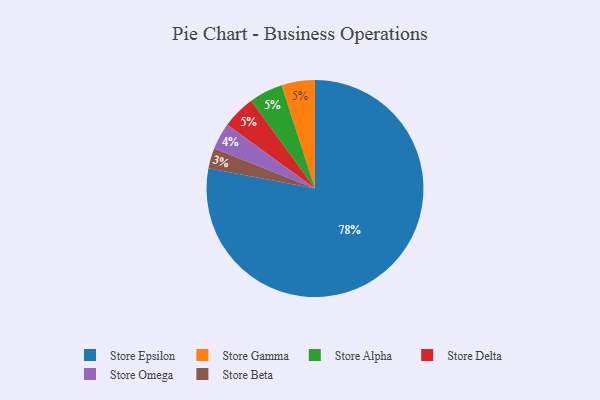
{"axis": {"x": "Category", "y": "Percentage"}, "legend": ["Store Alpha", "Store Beta", "Store Delta", "Store Epsilon", "Store Gamma", "Store Omega"], "data": [{"x": "Store Gamma", "y": 5, "type": "Store Gamma"}, {"x": "Store Beta", "y": 3, "type": "Store Beta"}, {"x": "Store Alpha", "y": 5, "type": "Store Alpha"}, {"x": "Store Epsilon", "y": 78, "type": "Store Epsilon"}, {"x": "Store Delta", "y": 5, "type": "Store Delta"}, {"x": "Store Omega", "y": 4, "type": "Store Omega"}]}